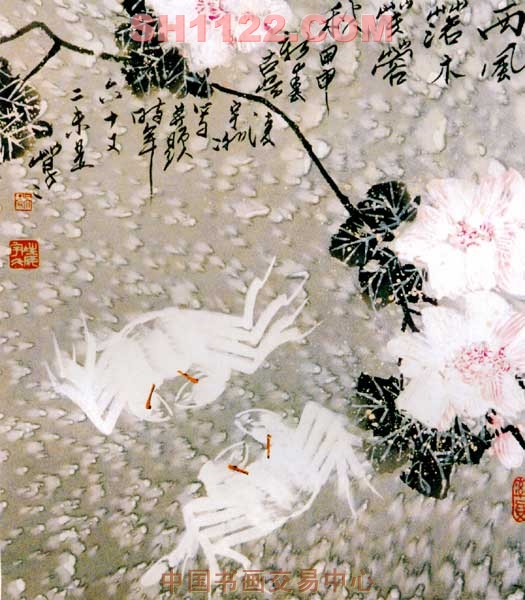
秋萧索。梧桐落尽西风恶。